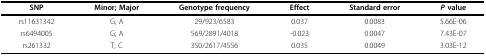
<table><thead><tr><td><b>SNP</b></td><td><b>Minor; Major</b></td><td><b>Genotype frequency</b></td><td><b>Effect</b></td><td><b>Standard error</b></td><td><b><i>P </i>value</b></td></tr></thead><tbody><tr><td>rs11631342</td><td>G; A</td><td>29/923/6583</td><td>0.037</td><td>0.0083</td><td>5.66E-06</td></tr><tr><td>rs6494005</td><td>G; A</td><td>569/2891/4018</td><td>-0.023</td><td>0.0047</td><td>7.43E-07</td></tr><tr><td>rs261332</td><td>T; C</td><td>350/2617/4556</td><td>0.035</td><td>0.0049</td><td>3.03E-12</td></tr></tbody></table>